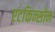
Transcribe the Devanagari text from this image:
एटकिन्सोन